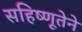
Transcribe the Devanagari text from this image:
सहिष्णूतेने